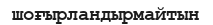
шоғырландырмайтын